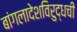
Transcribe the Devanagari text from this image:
बांगलादेशविरुद्धची